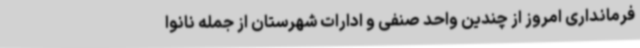
فرمانداری امروز از چندین واحد صنفی و ادارات شهرستان از جمله نانوا